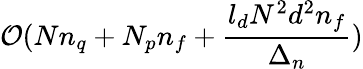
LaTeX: \mathcal{O}(Nn_{q}+N_{p}n_{f}+\frac{l_{d}N^{2}d^{2}n_{f}}{\Delta_{n}})